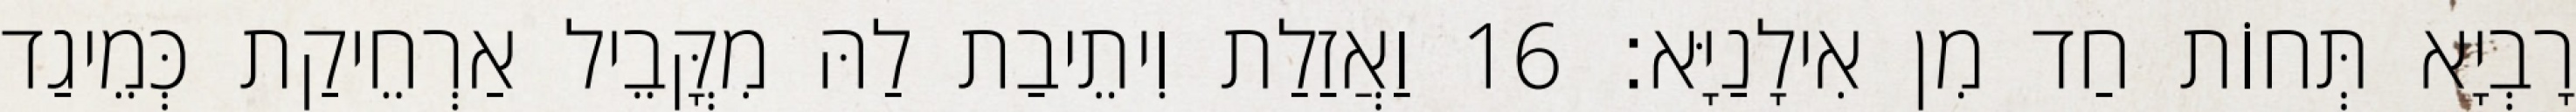
רָבְיָא תְּחוֹת חַד מִן אִילָנַיָּא׃ 16 וַאֲזַלַת וִיתֵיבַת לַהּ מִקֳּבֵיל אַרְחֵיקַת כְּמֵיגַד